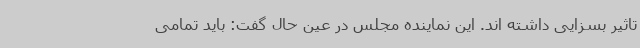
تاثیر بسزایی داشته اند. این نماینده مجلس در عین حال گفت: باید تمامی